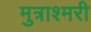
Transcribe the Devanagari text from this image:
मुत्राश्मरी